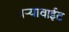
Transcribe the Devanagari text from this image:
बऱ्यावाईट